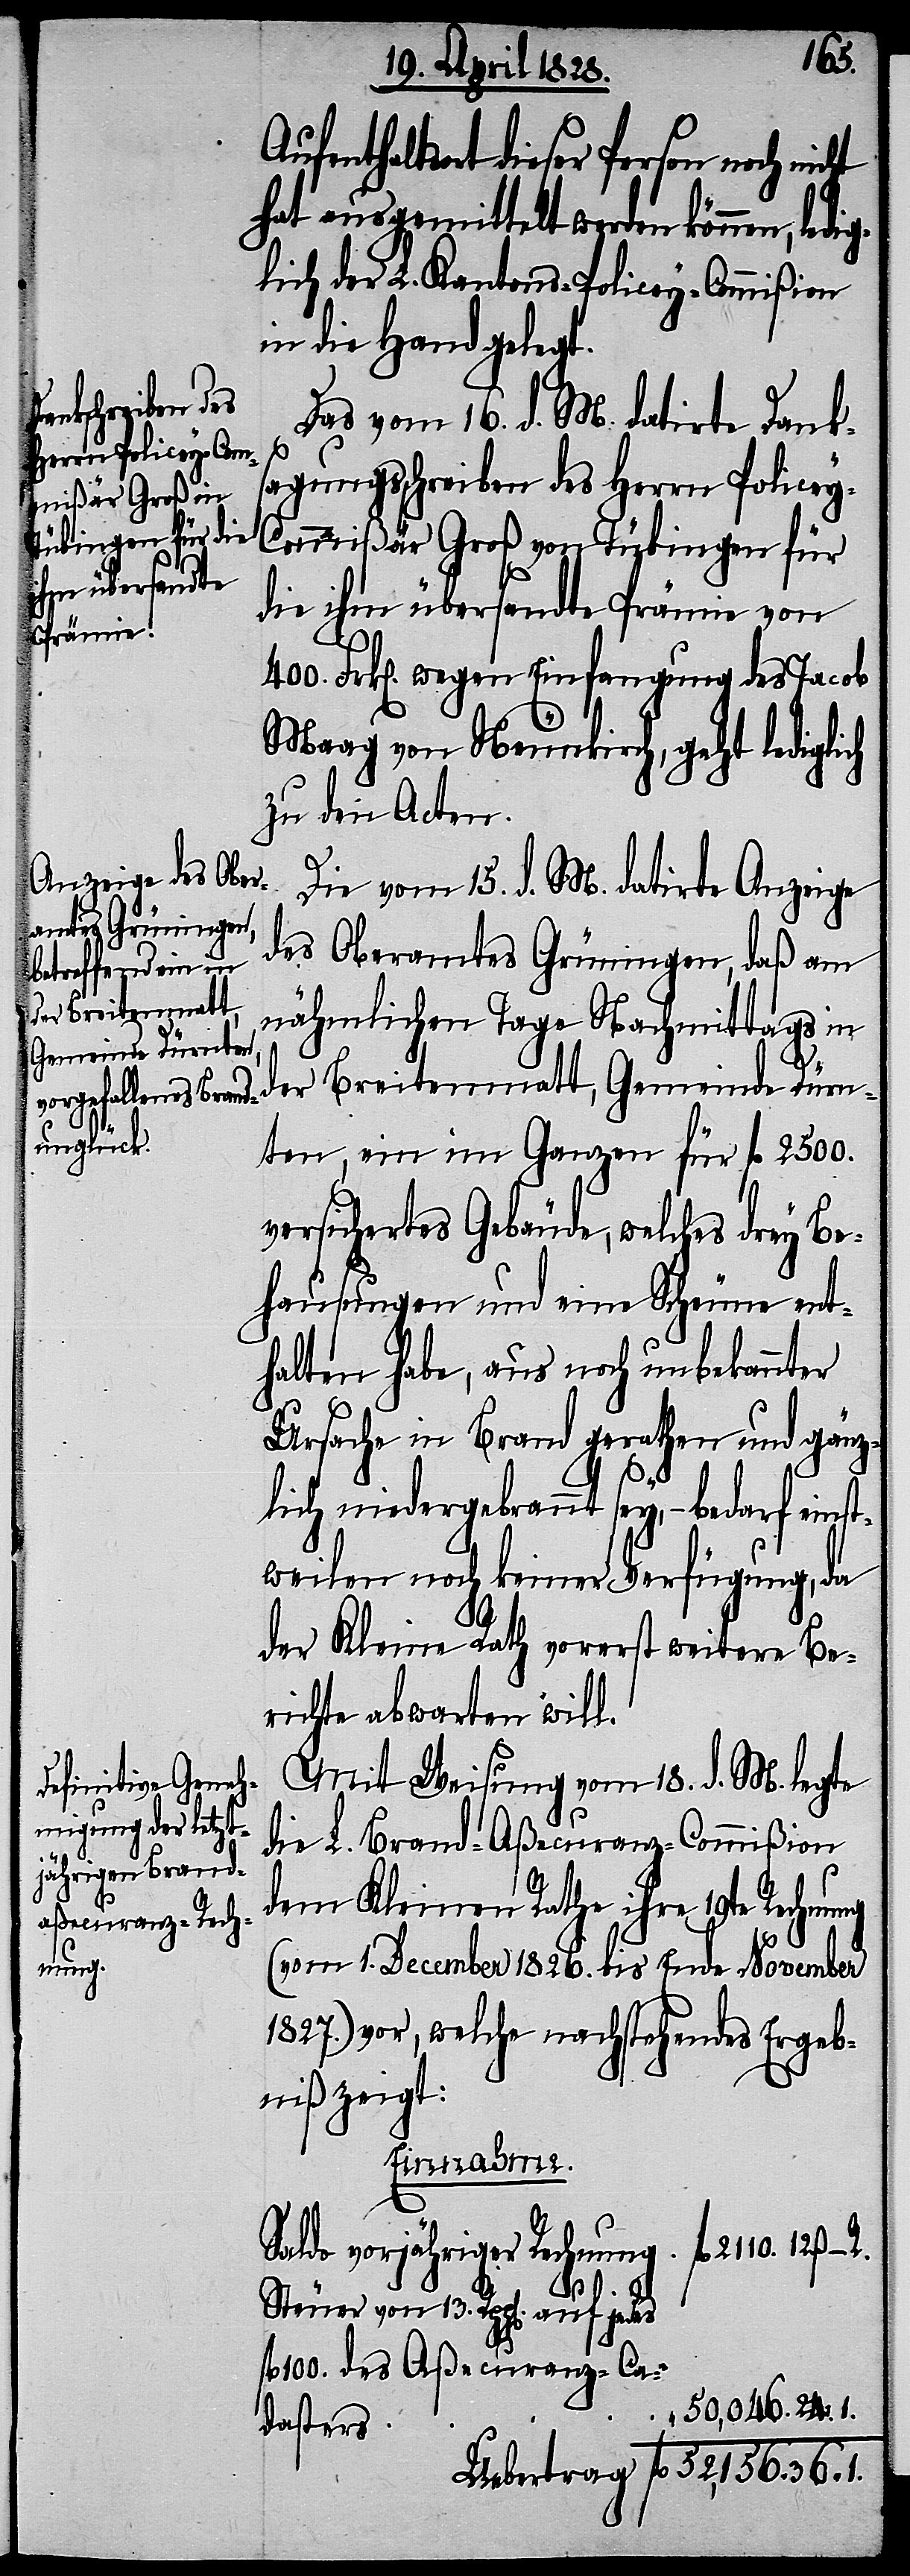
12.
Aufenthaltsort dieser Person noch ni¬
hat ausgemittelt werden können, ledi¬
glich der L. Kantons-Policey-Commißion
in die Hand gelegt.
Das vom 16. d. M. datirte Dank¬
sagungsschreiben des Herrn Police¬
y-Commißär Groß von Tübingen für
die ihm übersandte Prämie von
400. Frk[en]. wegen Einfangung des Jacob
Maag von Neunkirch, geht lediglich
zu den Acten.
Die vom 15. d. M. datirte Anzeige
des Oberamtes Grüningen, daß am
der Breitenmatt,
nähmlichen Tage Nachmittags in
Gemeinde Dürn¬
1.
ten, ein im Ganzen für fl. 2500.
versichertes Gebäude, welches drey Be¬
hausungen und eine Scheune ent¬
halten habe, aus noch unbekannter
Ursache in Brand gerathen und gänz¬
36.
lich niedergebrannt sey, – bedarf einst¬
weilen noch keiner Verfügung, da
der Kleine Rath vorerst weitere Be¬
richte abwarten will.
Mit Weisung vom 18. d. M. legte
die L. Brand-Aßecuranz-Commißion
dem Kleinen Rathe ihre 19te Rechn¬
ung
(vom 1. December 1826. bis Ende November
1827.) vor, welche nachstehendes Ergeb¬
niß zeigt:
Einnahme.
Saldo vorjähriger Rechnung
Steuer von 13. Rpp[en]. auf jedes
100. des Aßecuranz-Ca¬
dasters